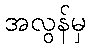
အလွန်မှ